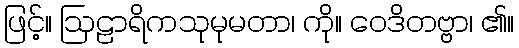
ဖြင့်။ ဩဠာရိကသုမုမတာ၊ ကို။ ဝေဒိတဗ္ဗာ၊ ၏။